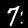
Label: 7